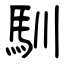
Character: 馴